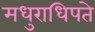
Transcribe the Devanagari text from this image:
मधुराधिपते